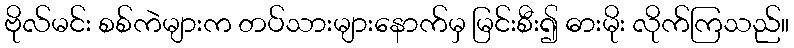
ဗိုလ်မင်း စစ်ကဲများက တပ်သားများနောက်မှ မြင်းစီး၍ ဓားမိုး လိုက်ကြသည်။